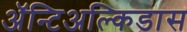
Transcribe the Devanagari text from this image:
अॅन्टिअल्किडास